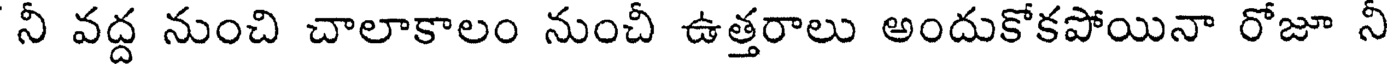
నీ వద్ద నుంచి చాలాకాలం నుంచీ ఉత్తరాలు అందుకోకపోయినా రోజూ నీ